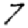
Digit: 7